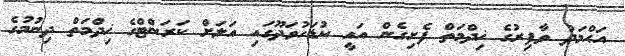
އަޙްމަދު ވާފިރުގެ ޚިދްމަތް ފެށިގެން އައީ ކުޑަހުވަދޫގައި އަލަށް ކަރަންޓްގެ ޚިދްމަތް ދިނުމުގެ